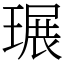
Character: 𤧷